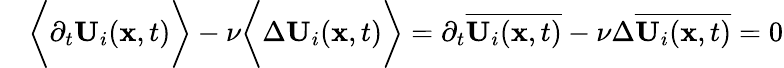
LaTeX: \begin{array}{rl}&{\bigg\langle\partial_{t}\mathbf{U}_{i}(\mathbf{x},t)\bigg\rangle-\nu\bigg\langle\Delta\mathbf{U}_{i}(\mathbf{x},t)\bigg\rangle=\partial_{t}\overline{{\mathbf{U}_{i}(\mathbf{x},t)}}-\nu\Delta\overline{{\mathbf{U}_{i}(\mathbf{x},t)}}=0}\end{array}